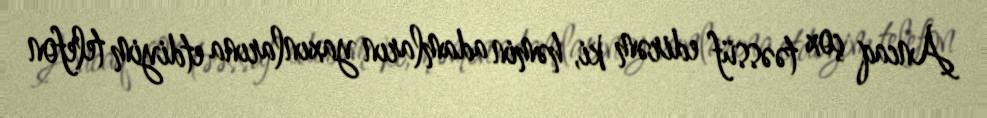
Ancaq çox təəssüf edirəm ki, həmin adamların yaxınlarına etdiyim telefon